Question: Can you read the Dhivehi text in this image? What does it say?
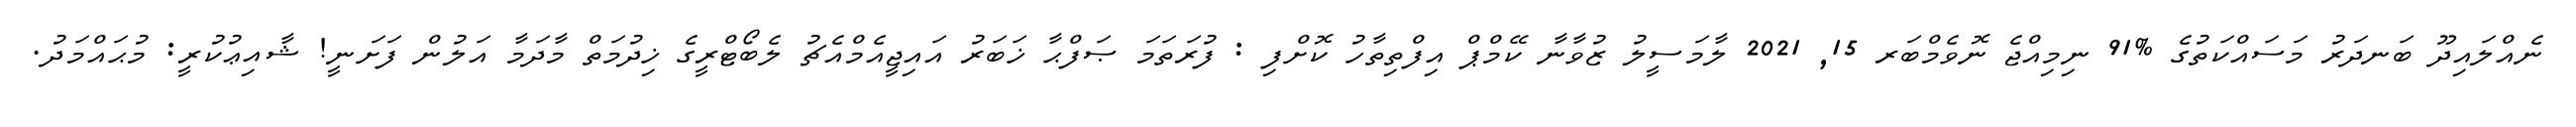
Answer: ނެއްލައިދޫ ބަނދަރު މަސައްކަތުގެ %91 ނިމިއްޖެ ނޮވެމްބަރ 15, 2021 ލާމަސީލު ޒުވާނާ ކޭމްޕް އިފްތިތާހު ކޮށްފި : ފުރަތަމަ ޞަފްޙާ ޚަބަރު އައިޖީއެމްއެޗު ލެބޯޓްރީގެ ޚިދުމަތް މާދަމާ އަލުން ފަށަނީ! ޝާއިޢުކުރީ: މުޙައްމަދު.